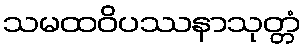
သမထဝိပဿနာသုတ္တံ